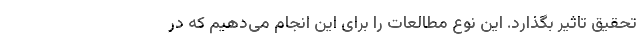
تحقیق تاثیر بگذارد. این نوع مطالعات را برای این انجام می‌دهیم که در